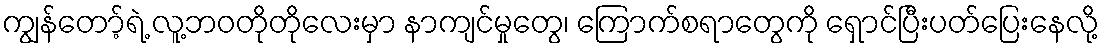
ကျွန်တော့်ရဲ့ လူ့ဘဝတိုတိုလေးမှာ နာကျင်မှုတွေ၊ ကြောက်စရာတွေကို ရှောင်ပြီးပတ်ပြေးနေလို့